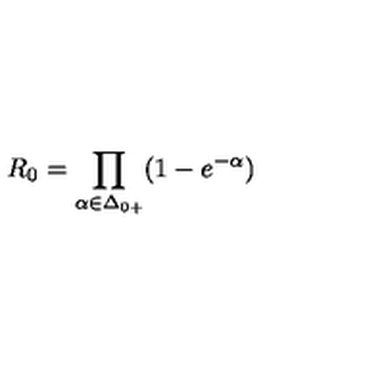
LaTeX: R _ { 0 } = \prod _ { \alpha \in \Delta _ { 0 + } } ( 1 - e ^ { - \alpha } ) \/